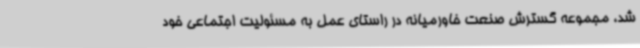
شد، مجموعه گسترش صنعت خاورمیانه در راستای عمل به مسئولیت اجتماعی خود